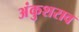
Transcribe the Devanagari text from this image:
अंकुशराव